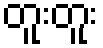
တူးတူး